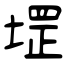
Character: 堽